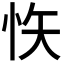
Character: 𭜟